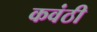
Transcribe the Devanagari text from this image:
कवंठी